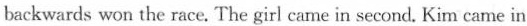
backwards won the race. The girl came in